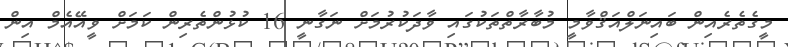
މީގެތެރެއިން ބައިނަލްއަޤްވާމީ މުބާރާތްތަކުގައި ވާދަކުުރުމަށް ނަގާނީ 16 ކުޅުންތެރިން ކަމަށް ވީއޭއެމް އިން